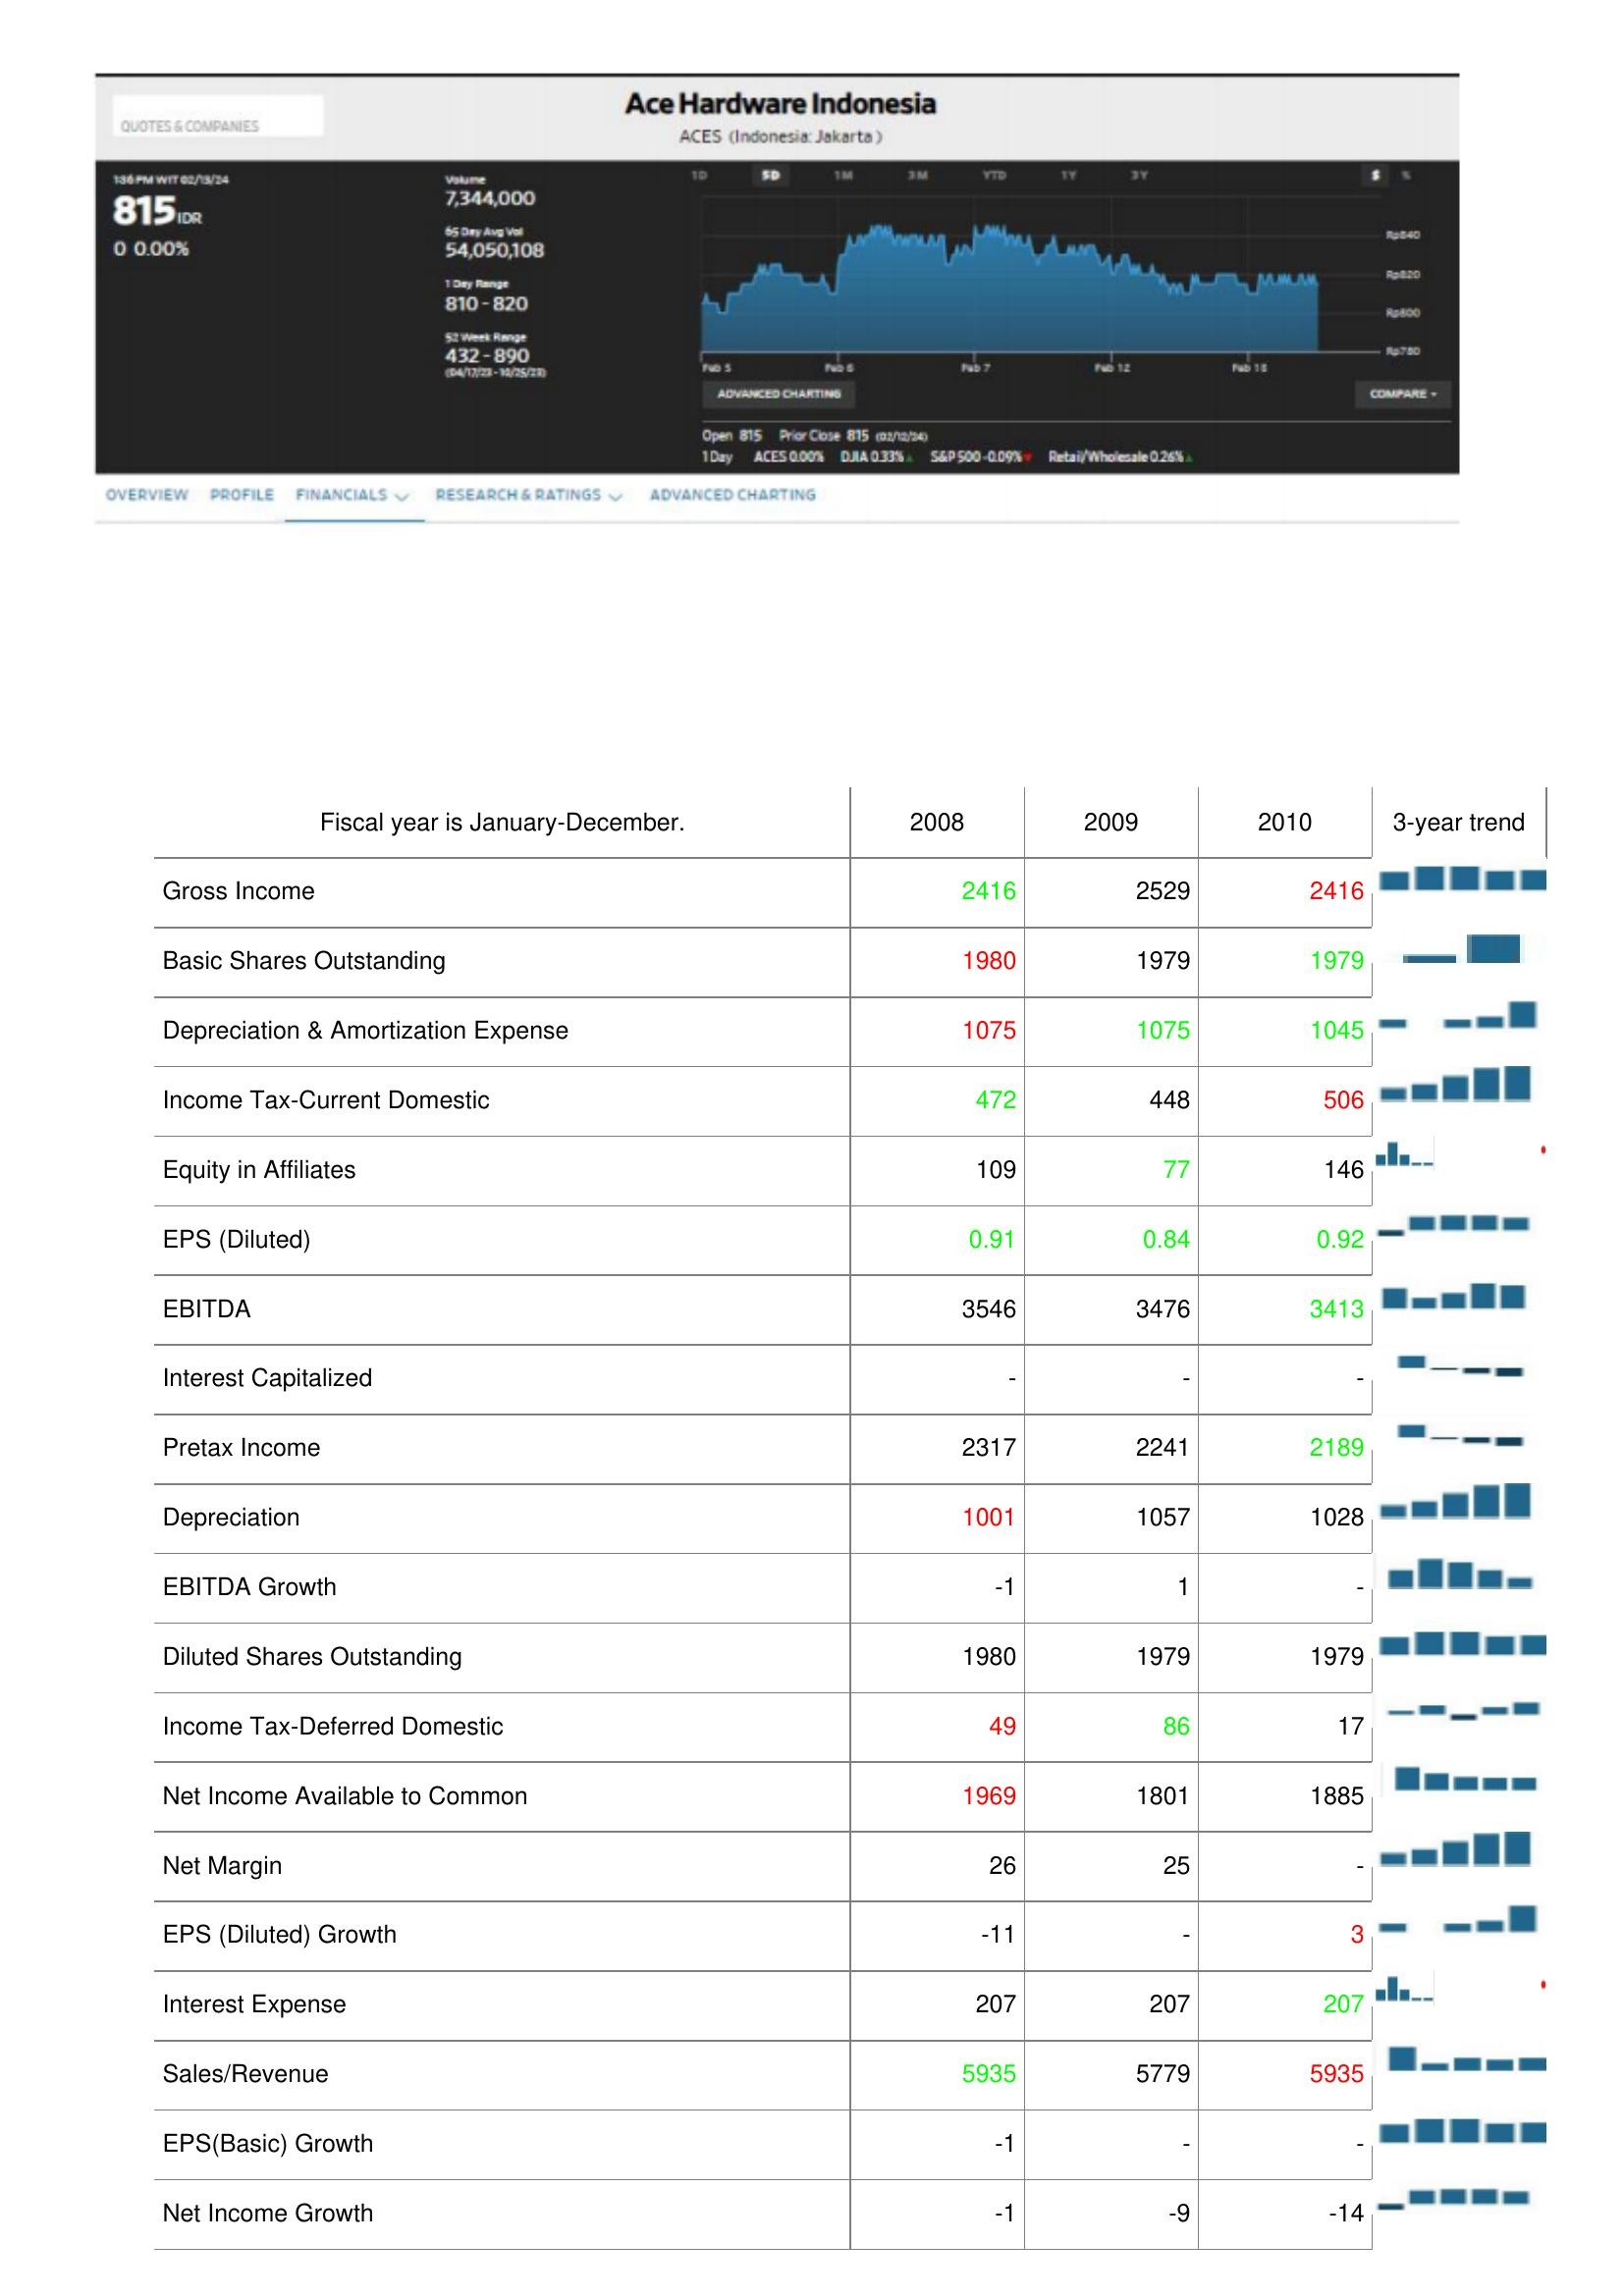
2008: : Gross Income: 2416
Basic Shares Outstanding: 1980
Depreciation & Amortization Expense: 1075
Income Tax-Current Domestic: 472
Equity in Affiliates: 109
EPS (Diluted): 0.91
EBITDA: 3546
Interest Capitalized: -
Pretax Income: 2317
Depreciation: 1001
EBITDA Growth: -1
Diluted Shares Outstanding: 1980
Income Tax-Deferred Domestic: 49
Net Income Available to Common: 1969
Net Margin: 26
EPS (Diluted) Growth: -11
Interest Expense: 207
Sales/Revenue: 5935
EPS(Basic) Growth: -1
Net Income Growth: -1
2009: : Gross Income: 2529
Basic Shares Outstanding: 1979
Depreciation & Amortization Expense: 1075
Income Tax-Current Domestic: 448
Equity in Affiliates: 77
EPS (Diluted): 0.84
EBITDA: 3476
Interest Capitalized: -
Pretax Income: 2241
Depreciation: 1057
EBITDA Growth: 1
Diluted Shares Outstanding: 1979
Income Tax-Deferred Domestic: 86
Net Income Available to Common: 1801
Net Margin: 25
EPS (Diluted) Growth: -
Interest Expense: 207
Sales/Revenue: 5779
EPS(Basic) Growth: -
Net Income Growth: -9
2010: : Gross Income: 2416
Basic Shares Outstanding: 1979
Depreciation & Amortization Expense: 1045
Income Tax-Current Domestic: 506
Equity in Affiliates: 146
EPS (Diluted): 0.92
EBITDA: 3413
Interest Capitalized: -
Pretax Income: 2189
Depreciation: 1028
EBITDA Growth: -
Diluted Shares Outstanding: 1979
Income Tax-Deferred Domestic: 17
Net Income Available to Common: 1885
Net Margin: -
EPS (Diluted) Growth: 3
Interest Expense: 207
Sales/Revenue: 5935
EPS(Basic) Growth: -
Net Income Growth: -14